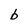
Character: b